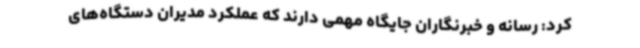
کرد: رسانه و خبرنگاران جایگاه مهمی دارند که عملکرد مدیران دستگاه‌های